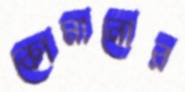
কোমানোর